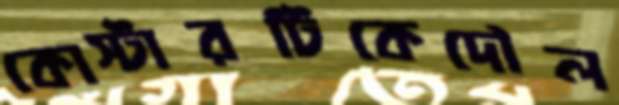
কোস্টারটিকেদৌল